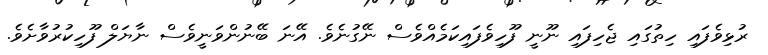
ރުޅިވެފައި ހިތުގައި ޖެހިފައި ނޫނީ ފޫހިވެފައިކަމެއްވެސް ނޭގުނެވެ. އޭނަ ބޭނުންވަނީވެސް ނާޔަލް ފޫހިކުރުވާށެވެ.